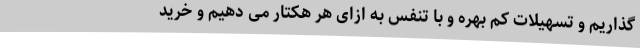
گذاریم و تسهیلات کم بهره و با تنفس به ازای هر هکتار می دهیم و خرید